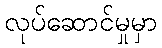
လုပ်ဆောင်မှုမှာ